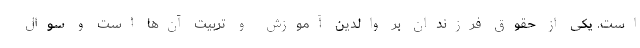
است. یکی از حقوق فرزندان بر والدین آموزش و تربیت آن‌ها است و سوال